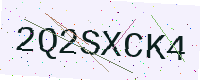
Text: 2Q2SXCK4